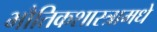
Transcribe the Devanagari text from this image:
भौतिकशास्त्रामधे